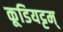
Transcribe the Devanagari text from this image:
कूडियट्टम्